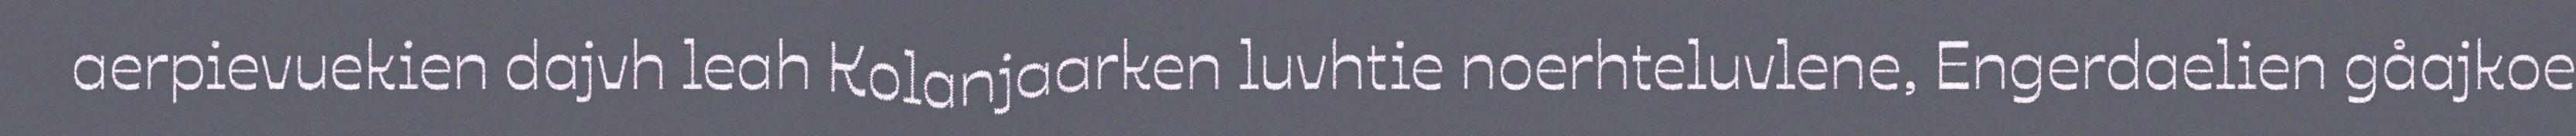
aerpievuekien dajvh leah Kolanjaarken luvhtie noerhteluvlene, Engerdaelien gåajkoe